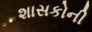
શાસકોની